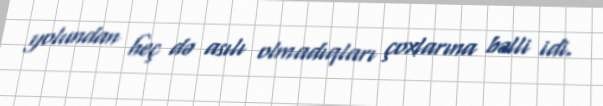
yolundan heç də asılı olmadıqları çoxlarına bəlli idi.